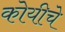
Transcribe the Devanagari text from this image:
कोयीचे